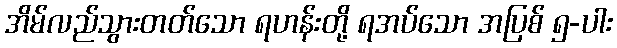
အိမ်လည်သွားတတ်သော ရဟန်းတို့ ရအပ်သော အပြစ် ၅-ပါး